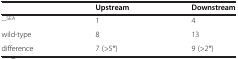
|  | Upstream | Downstream |
 | --- | --- | --- |
 | --SEA | 1 | 4 |
 | wild-type | 8 | 13 |
 | difference | 7 (>5*) | 9 (>2*) |